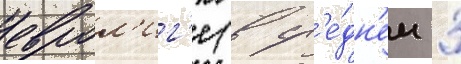
еврол'иг'е (в ср'е́дн'ем 3